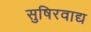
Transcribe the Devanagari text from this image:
सुषिरवाद्य